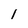
Character: I